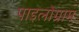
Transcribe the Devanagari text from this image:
पाइलोग्राम